Supplement to the account of plague administration in the Bombay Presidency from September 1896 till May 1897
Year: 1896
Disease focus: Plague
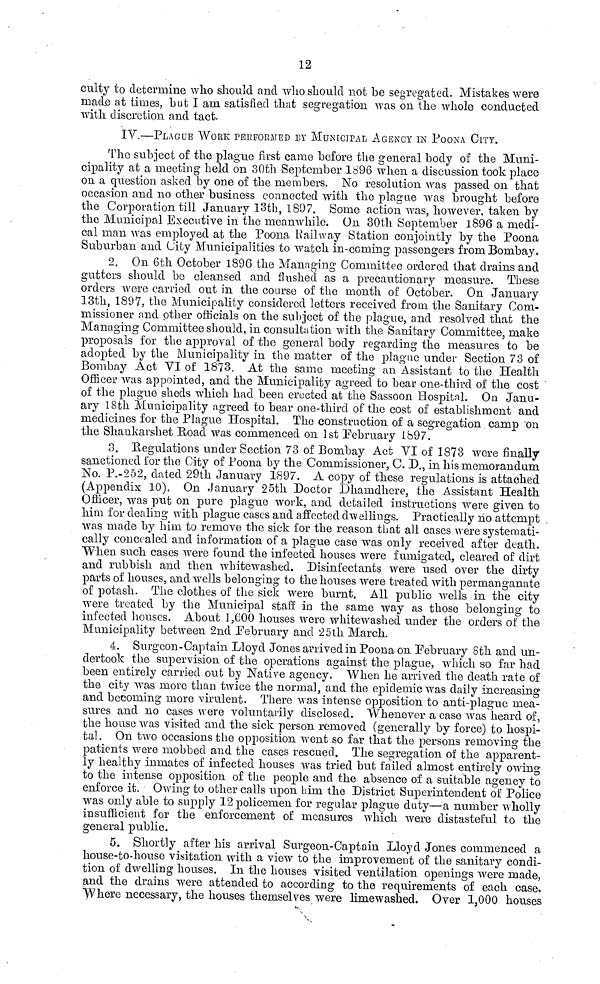
12
culty to determine who should and who should not be segregated. Mistakes were
made at times, but I ana satisfied that segregation was on the whole conducted
with discretion and tact.
IV.—PLAGUE WORE PERFORMED BY MUNICIPAL AGENCY IN POONA CITY.
The subject of the plague first came before the general body of the Muni-
cipality at a meeting held on 30th September 1896 when a discussion took place
on a question asked by one of the members. No resolution was passed on that
occasion and no other business connected with the plague was brought before
the Corporation till January 13th, 1897. Some action was, however, taken by
the Municipal Executive in the meanwhile. On 30th September 1896 a medi-
cal man was employed at the Poona Railway Station conjointly by the Poona
Suburban and City Municipalities to watch in-coming passengers from Bombay.
2. On 6th October 1896 the Managing Committee ordered that drains and
gutters should bo cleansed and flushed as a precautionary measure. These
orders were carried out in the course of the month of October. On January
13th, 1897, the Municipality considered letters received from the Sanitary Com-
missioner and other officials on the subject of the plague, and resolved that the
Managing Committee should, in consultation with the Sanitary Committee, make
proposals for the approval of the general body regarding the measures to be
adopted by the Municipality in the matter of the plague under Section 73 of
Bombay Act VI of 1873. At the same meeting an Assistant to the Health
Officer was appointed, and the Municipality agreed to bear one-third of the cost
of the plague sheds which had been erected at the Sassoon Hospital. On Janu-
ary 18th Municipality agreed to bear one-third of the cost of establishment and
medicines for the Plague Hospital. The construction, of a segregation camp on
the Shankarshet Road was commenced on 1st February 1897.
3. Regulations under Section 73 of Bombay Act VI of 1873 were finally
sanctioned for the City of Poona by the Commissioner, C. D., in his memorandum
No. P.-252, dated 29th January 1897. A copy of these regulations is attached
(Appendix 10). On January 25th Doctor Dliamdhere, the Assistant Health
Officer, was put on pure plague work, and detailed instructions were given to
him for dealing with plague cases and affected dwellings. Practically no attempt .
was made by him to remove the sick for the reason that all cases were systemati-
cally concealed and information of a plague case was only received after death.
When such cases were found the infected houses were fumigated, cleared of dirt
and rubbish and then whitewashed. Disinfectants were used over the dirty
parts of houses, and wells belonging to the houses were treated with permanganate
of potash. The clothes of the sick were burnt. All public wells in the city
were treated by the Municipal staff in the same way as those belonging to
infected houses. About 1,600 houses were whitewashed under the orders of the
Municipality between 2nd February and 25th March.
4. Surgeon-Captain Lloyd Jones arrived in Poona on February 8th and un-
dertook the supervision of the operations against the plague, which so far had
been entirely carried out by Native agency. When he arrived the death rate of
the city was more than twice the normal, and the epidemic was daily increasing
and becoming more virulent. There was intense opposition to anti-plague mea-
sures and no cases were voluntarily disclosed. Whenever a case was heard of,
the house was visited and the sick person removed (generally by force) to hospi-
tal. On two occasions the opposition went so far that the persons removing the
patients were mobbed and the cases rescued. The segregation of the apparent-
ly healthy inmates of infected houses was tried but failed almost entirely owing
to the intense opposition of the people and the absence of a suitable agency to
enforce it. Owing to other calls upon him. the District Superintendent of Police
was only able to supply 12 policemen for regular plague duty—a number wholly
insufficient for the enforcement of measures which were distasteful to the
general public.
5. Shortly after his arrival Surgeon-Captain Lloyd Jones commenced a
house-to-house visitation with a view to the improvement of the sanitary condi-
tion of dwelling houses. In the houses visited ventilation openings were made,
and the drains were attended to according to the requirements of each case.
Where necessary, the houses themselves were limewashed. Over 1,000 houses